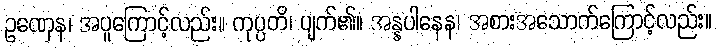
ဥဏှေန၊ အပူကြောင့်လည်း။ ကုပ္ပတိ၊ ပျက်၏။ အန္နပါနေန၊ အစားအသောက်ကြောင့်လည်း။